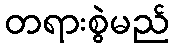
တရားစွဲမည်